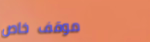
موقف خاص